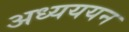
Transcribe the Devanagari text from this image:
अध्यययन